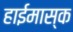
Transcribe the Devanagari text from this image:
हाईमास्क